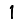
Digit: 1